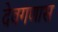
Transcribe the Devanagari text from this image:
देवगणास